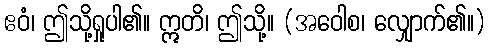
ဧဝံ၊ ဤသို့ရှုပါ၏။ ဣတိ၊ ဤသို့။ (အဝေါစ၊ လျှောက်၏။)